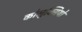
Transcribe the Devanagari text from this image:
कोलुक्सियो